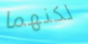
لكنهما